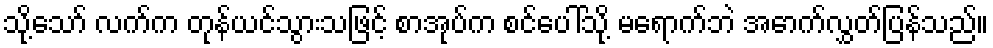
သို့သော် လက်က တုန်ယင်သွားသဖြင့် စာအုပ်က စင်ပေါ်သို့ မရောက်ဘဲ အောက်လွှတ်ပြန်သည်။